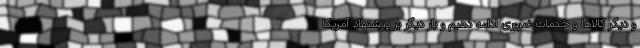
و دیگر کالاها و خدمات ضروری ادامه دهیم و بار دیگر بر پیشنهاد آمریکا